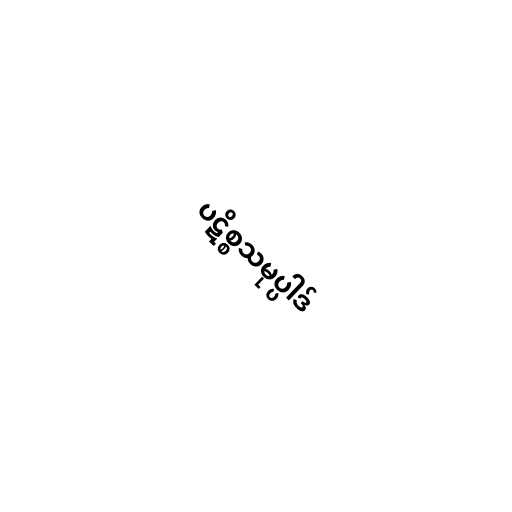
ပဋိစ္စသမုပ္ပါဒ်